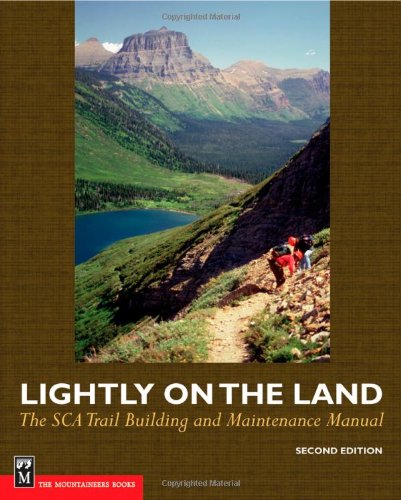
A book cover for Lightly on the Land: The Sca Trail Building And Maintenance Manual 2nd Edition; Robert C. Birkby; Science & Math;